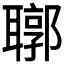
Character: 𦗒